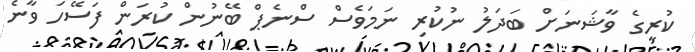
ކުރީގެ ވާޝަނަށް ބަދަލު ނުކުރި ނަމަވެސް ސްނެޕް ބޭނުން ކުރަން ފަސޭހަ ވާނެ